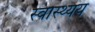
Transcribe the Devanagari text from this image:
स्वास्थ्यय